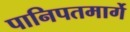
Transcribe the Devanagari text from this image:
पानिपतमार्गे